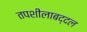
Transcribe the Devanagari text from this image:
तपशीलाबद्दल